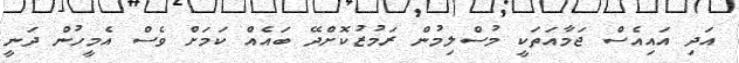
އަދި އައިއެސް ޖަމާއަތަކީ މުސްލިމުން ރަމުޒުކޮށްދޭ ބައެއް ކަމަށް ވެސް އެމީހުން ދަނީ